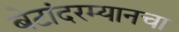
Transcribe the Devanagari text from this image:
बेटांदरम्यानचा